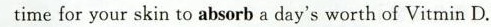
time for your skin to absorb a day's worth of Vit min D.